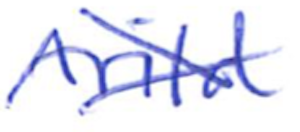
Text: Arild
Cross-out: cross
Writing tool: ballpoint